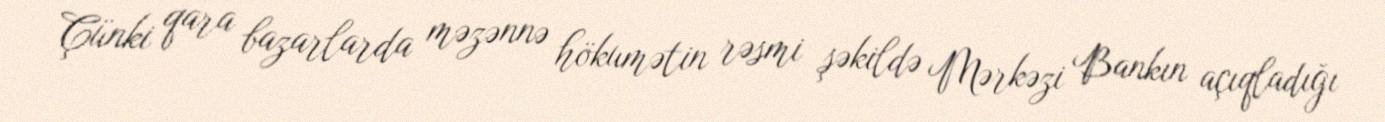
Çünki qara bazarlarda məzənnə hökumətin rəsmi şəkildə Mərkəzi Bankın açıqladığı